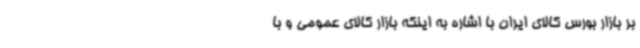
بر بازار بورس کالای ایران با اشاره به اینکه بازار کالای عمومی و با